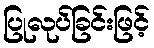
ပြုလုပ်ခြင်းဖြင့်